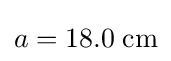
a=18.0\;{\text{cm}}